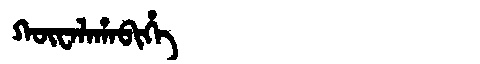
Manchu: ᡴᡡᠸᠠᠯᠠᡥᠠᠪᡳᡥᡝ
Romanization: KŪWALAHABIHE